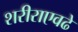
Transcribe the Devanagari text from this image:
शरीराएवढे